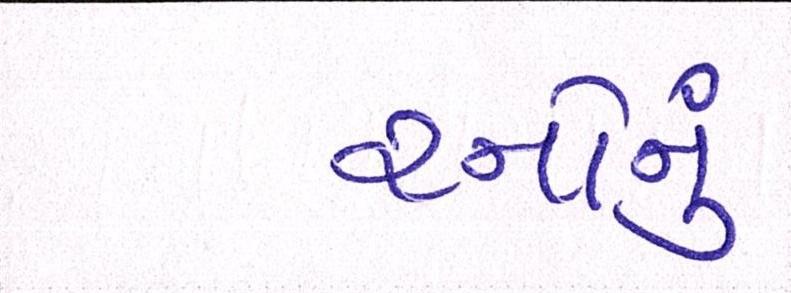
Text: રનોનું